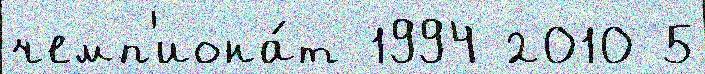
чемп'иона́т 1994 2010 5